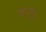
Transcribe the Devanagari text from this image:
नगूरा